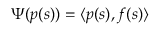
\begin{array} { r } { \Psi ( p ( s ) ) = \langle p ( s ) , f ( s ) \rangle } \end{array}